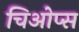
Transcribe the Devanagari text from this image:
चिओप्स